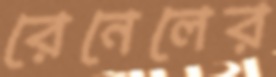
রেনেলের